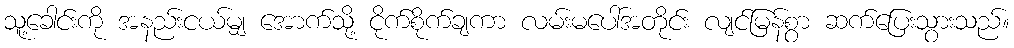
သူ့ခေါင်းကို အနည်းငယ်မျှ အောက်သို့ ငိုက်စိုက်ချကာ လမ်းမပေါ်အတိုင်း လျင်မြန်စွာ ဆက်ပြေးသွားသည်။